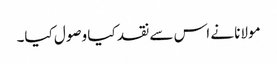
مولانا نے اس سے نقد کیا وصول کیا۔